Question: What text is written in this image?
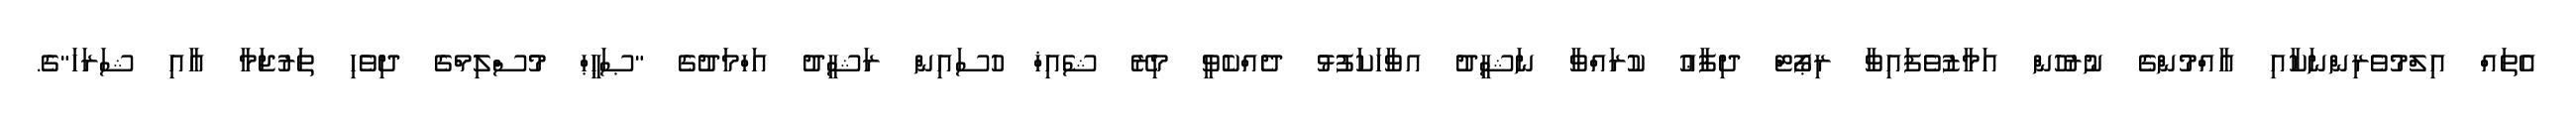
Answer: އެތައް އިލްމުވެރިންނަކާއި އާއްމުންގެ ނުރުހުން އަމާޒުވެފައިވާ ރިޕޯޓް ދިފާޢު ކުރައްވާ ނަޝީދު އވާހަކަފުޅު ދެއްކެވީ މިރޭ ޝެއިޚް ހުސައިން ރަޝީދު އަހްމަދުގެ "ޞަޙީޙް މުސްލިމްގެ ދިވެހި ތަރުޖަމާ އާއި ޝަރަހަ"ގެ.